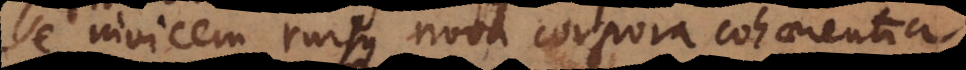
se invicem rursus nova corpora cohaerentia